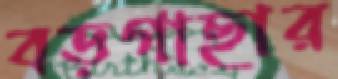
বড়গাছার